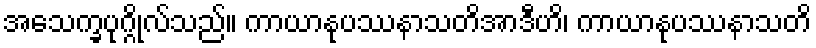
အသေက္ခပုဂ္ဂိုလ်သည်။ ကာယာနုပဿနာသတိအာဒီဟိ၊ ကာယာနုပဿနာသတိ